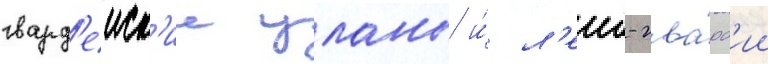
гвард'еиск'ие уланы и́ л'еиб-гва́рд'ии